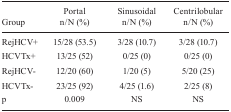
| Group | Portal n/N (%) | Sinusoidal n/N (%) | Centrilobular n/N (%) |
 | --- | --- | --- | --- |
 | RejHCV+ | 15/28 (53.5) | 3/28 (10.7) | 3/28 (10.7) |
 | HCVTx+ | 13/25 (52) | 0/25 (0) | 0/25 (0) |
 | RejHCV- | 12/20 (60) | 1/20 (5) | 5/20 (25) |
 | HCVTx- | 23/25 (92) | 4/25 (1.6) | 2/25 (8) |
 | p | 0.009 | NS | NS |